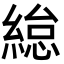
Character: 緿